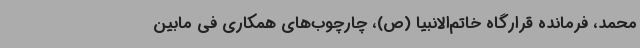
محمد، فرمانده قرارگاه خاتم‌الانبیا (ص)، چارچوب‌های همکاری فی مابین